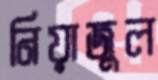
নিয়াজুল